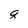
Character: q